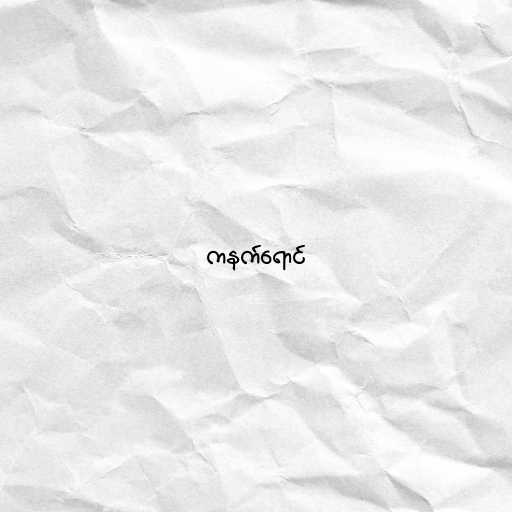
ကနက်ရောင်